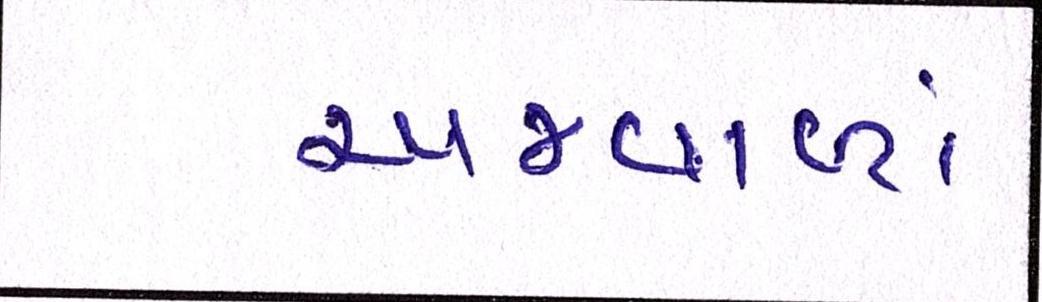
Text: અજવાળાં